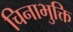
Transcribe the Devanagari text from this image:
चिनाभुक्ति